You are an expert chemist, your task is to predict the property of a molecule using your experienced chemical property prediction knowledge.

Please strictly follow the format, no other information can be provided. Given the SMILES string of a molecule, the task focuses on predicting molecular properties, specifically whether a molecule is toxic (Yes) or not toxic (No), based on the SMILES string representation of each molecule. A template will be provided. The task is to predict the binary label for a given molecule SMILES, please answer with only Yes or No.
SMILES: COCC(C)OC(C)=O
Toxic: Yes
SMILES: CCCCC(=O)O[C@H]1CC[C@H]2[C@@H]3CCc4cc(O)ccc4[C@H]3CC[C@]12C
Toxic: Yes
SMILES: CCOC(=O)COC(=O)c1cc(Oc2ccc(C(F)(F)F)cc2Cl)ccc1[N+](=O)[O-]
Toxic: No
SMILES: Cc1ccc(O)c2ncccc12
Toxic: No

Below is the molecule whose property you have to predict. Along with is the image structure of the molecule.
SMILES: CCC(C)c1cccc(C(C)CC)c1O
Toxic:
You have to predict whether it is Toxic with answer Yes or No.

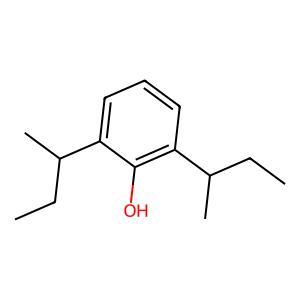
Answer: No